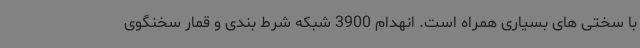
با سختی های بسیاری همراه است. انهدام 3900 شبکه شرط بندی و قمار سخنگوی